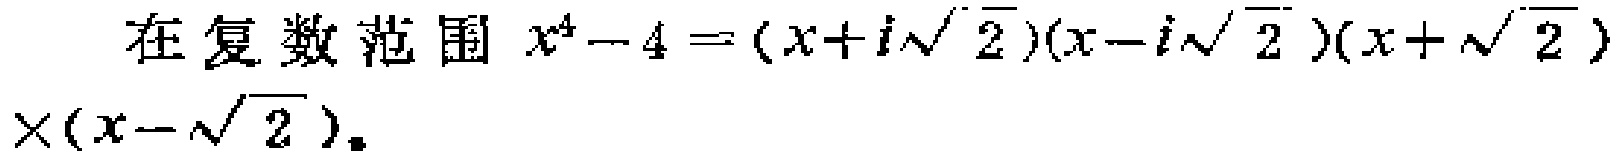
在复数范围 \(x^{4}-4=(x + i\sqrt{2})(x - i\sqrt{2})(x+\sqrt{2})\times(x - \sqrt{2})\)。